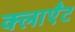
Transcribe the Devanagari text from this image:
क्लाएँट